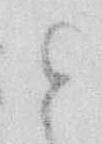
と